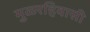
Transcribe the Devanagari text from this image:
मुळरहिवासी